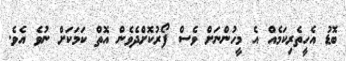
ބޮޑު އެހީތެރިކަމެއް އެ މީހުންނަށް ވެސް ފޯރުކޮށްދެވެން އޮތް ކަމަކަށް ނުވެ އެވެ.